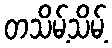
တသိမ့်သိမ့်